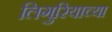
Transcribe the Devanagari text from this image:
लिगुरियाच्या